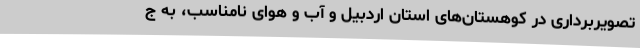
تصویربرداری در کوهستان‌های استان اردبیل و آب و هوای نامناسب، به ج